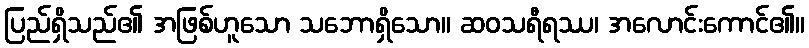
ပြည်ရှိသည်၏ အဖြစ်ဟူသော သဘောရှိသော။ ဆဝသရီရဿ၊ အလောင်းကောင်၏။